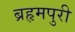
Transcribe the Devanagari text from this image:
ब्रहृमपुरी